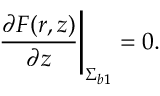
\frac { \partial F ( r , z ) } { \partial z } \Bigg | _ { { \upSigma } _ { b 1 } } = 0 .